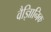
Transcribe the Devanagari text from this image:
वैज्ञिानिक